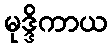
မုဒ္ဒိကာယ